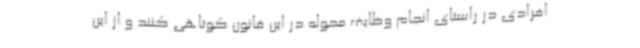
افرادی در راستای انجام وظایف محوله در این قانون کوتاهی کنند و از این